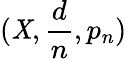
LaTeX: (\mathit{X},{\frac{{d}}{{n}}},p_{n})